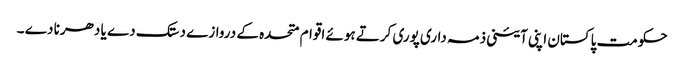
حکومت پاکستان اپنی آئینی ذمہ داری پوری کرتے ہوئے اقوام متحدہ کے دروازے دستک دے یا دھرنا دے ۔